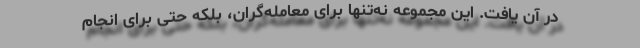
در آن یافت. این مجموعه نه‌تنها برای معامله‌گران، بلکه حتی برای انجام